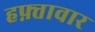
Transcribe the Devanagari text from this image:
हफ़्तावार